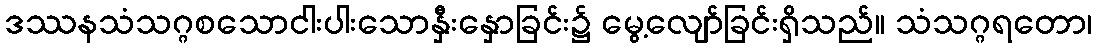
ဒဿနသံသဂ္ဂစသောငါးပါးသောနှီးနှောခြင်း၌ မွေ့လျော်ခြင်းရှိသည်။ သံသဂ္ဂရတော၊